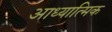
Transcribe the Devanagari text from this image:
आध्‍यात्मिक